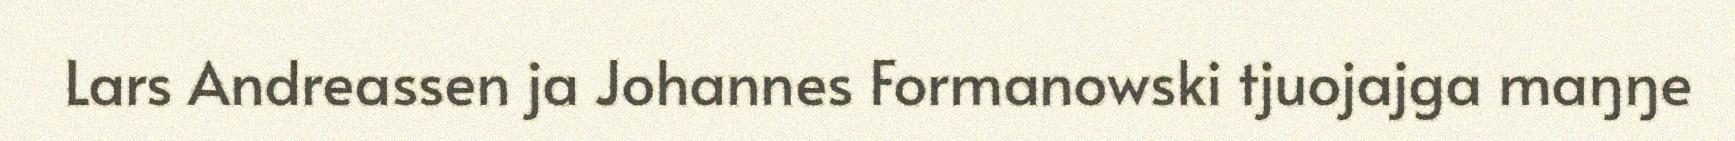
Lars Andreassen ja Johannes Formanowski tjuojajga maŋŋe